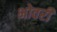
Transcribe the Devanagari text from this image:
भोवरी